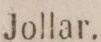
Jollar.